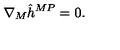
\nabla _ { M } \hat { h } ^ { M P } = 0 .